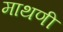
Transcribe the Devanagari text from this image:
माथणी